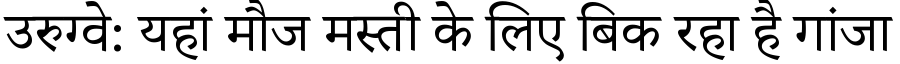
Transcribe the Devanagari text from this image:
उरुग्वे: यहां मौज मस्ती के लिए बिक रहा है गांजा